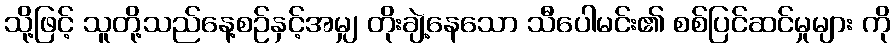
သို့ဖြင့် သူတို့သည်နေ့စဉ်နှင့်အမျှ တိုးချဲ့နေသော သီပေါမင်း၏ စစ်ပြင်ဆင်မှုများ ကို